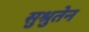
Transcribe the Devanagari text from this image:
सुश्रुतेन